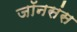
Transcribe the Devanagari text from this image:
जॉनसंस